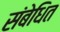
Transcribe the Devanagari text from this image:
संबेधित